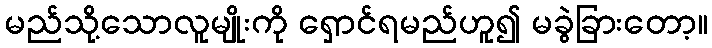
မည်သို့သောလူမျိုးကို ရှောင်ရမည်ဟူ၍ မခွဲခြားတော့။